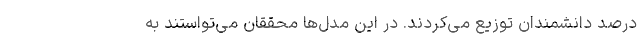
درصد دانشمندان توزیع می‌کردند. در این مدل‌ها محققان می‌تواستند به